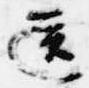
送